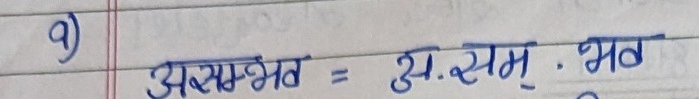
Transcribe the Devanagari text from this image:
९) असम्भव = अ.सम्.भव